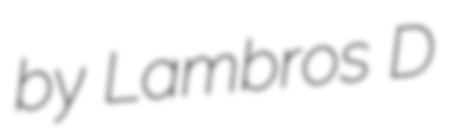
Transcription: by Lambros D